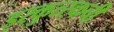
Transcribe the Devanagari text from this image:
इरकुत्स्कची